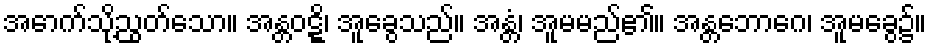
အောက်သို့ညွတ်သော။ အန္တဝဋ္ဋိ၊ အူခွေသည်။ အန္တံ၊ အူမမည်၏။ အန္တဘောဂေ၊ အူမခွေ၌။